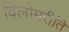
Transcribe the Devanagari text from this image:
विलोमरीति